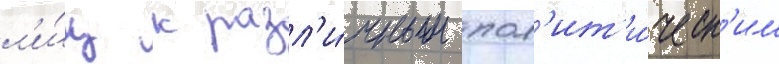
л'и́ц к разл'и́чным пол'ит'и́ческ'им